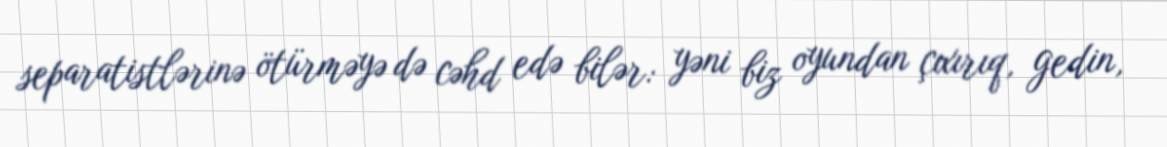
separatistlərinə ötürməyə də cəhd edə bilər: yəni biz oyundan çıxırıq, gedin,